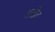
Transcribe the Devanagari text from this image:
अत्तेव